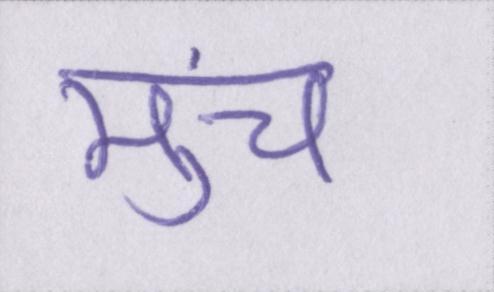
मुंच